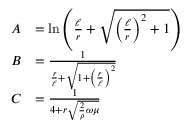
{ \begin{array} { r l } { A } & { = \ln \left( { \frac { \ell } { r } } + { \sqrt { \left( { \frac { \ell } { r } } \right) ^ { 2 } + 1 } } \right) } \\ { B } & { = { \frac { 1 } { { \frac { r } { \ell } } + { \sqrt { 1 + \left( { \frac { r } { \ell } } \right) ^ { 2 } } } } } } \\ { C } & { = { \frac { 1 } { 4 + r { \sqrt { { \frac { 2 } { \rho } } \omega \mu } } } } } \end{array} }